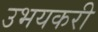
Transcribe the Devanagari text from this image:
उभयकरी